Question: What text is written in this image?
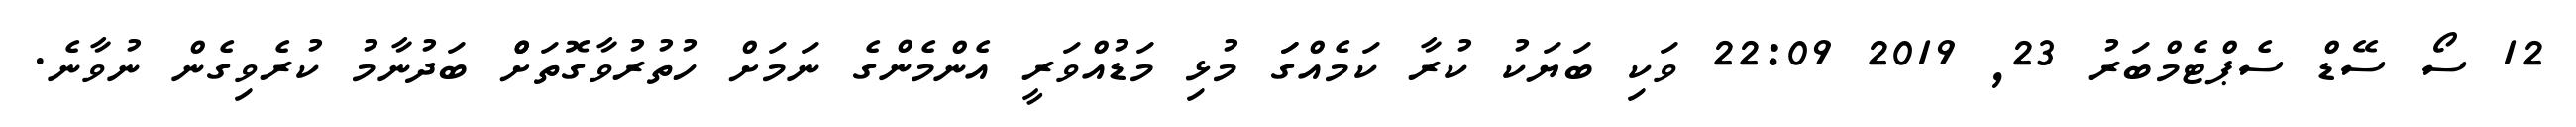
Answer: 12 ސޯ ސޭޑް ސެޕްޓެމްބަރު 23, 2019 22:09 ވަކި ބަޔަކު ކުރާ ކަމެއްގަަ މުޅި މަޑުއްވަރީ އެންމެންގެ ނަމަށް ހުތުރުވާގޮތަށްް ބަދުނާމު ކުރެވިގެން ނުވާނެ.